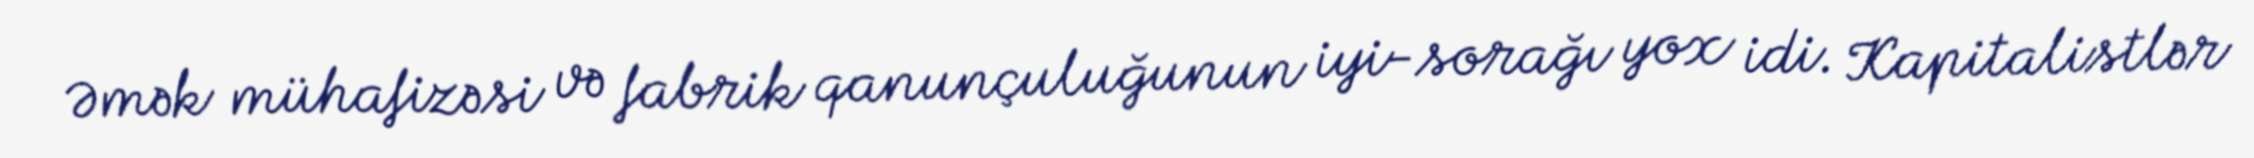
Əmək mühafizəsi və fabrik qanunçuluğunun iyi-sorağı yox idi. Kapitalistlər